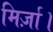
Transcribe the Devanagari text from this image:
मिर्ज़ा।